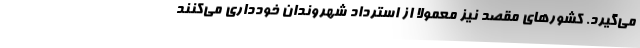
می‌گیرد. کشورهای مقصد نیز معمولا از استرداد شهروندان خودداری می‌کنند